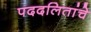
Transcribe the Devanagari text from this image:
पददलितांचे